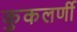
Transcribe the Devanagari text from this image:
कुकलर्णी